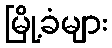
မြို့ခံများ